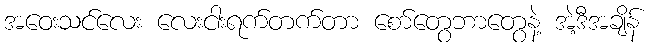
အဝေးသင်လေး လေးငါးရက်တက်တာ စော်တွေဘာတွေနဲ့ အဲ့ဒီအချိန်